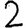
Digit: 2